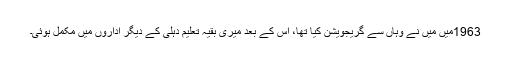
1963میں میں نے وہاں سے گریجویشن کیا تھا، اس کے بعد میری بقیہ تعلیم دہلی کے دیگر اداروں میں مکمل ہوئی۔